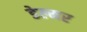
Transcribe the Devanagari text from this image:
डेल्मर